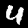
Digit: 4